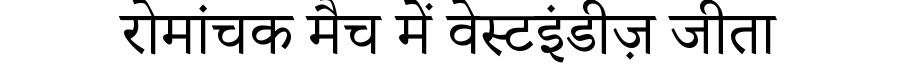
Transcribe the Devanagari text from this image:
रोमांचक मैच में वेस्टइंडीज़ जीता